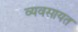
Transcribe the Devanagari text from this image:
व्यवसायत